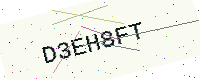
Text: D3EH8FT